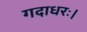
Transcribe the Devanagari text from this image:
गदाधरः।